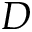
D